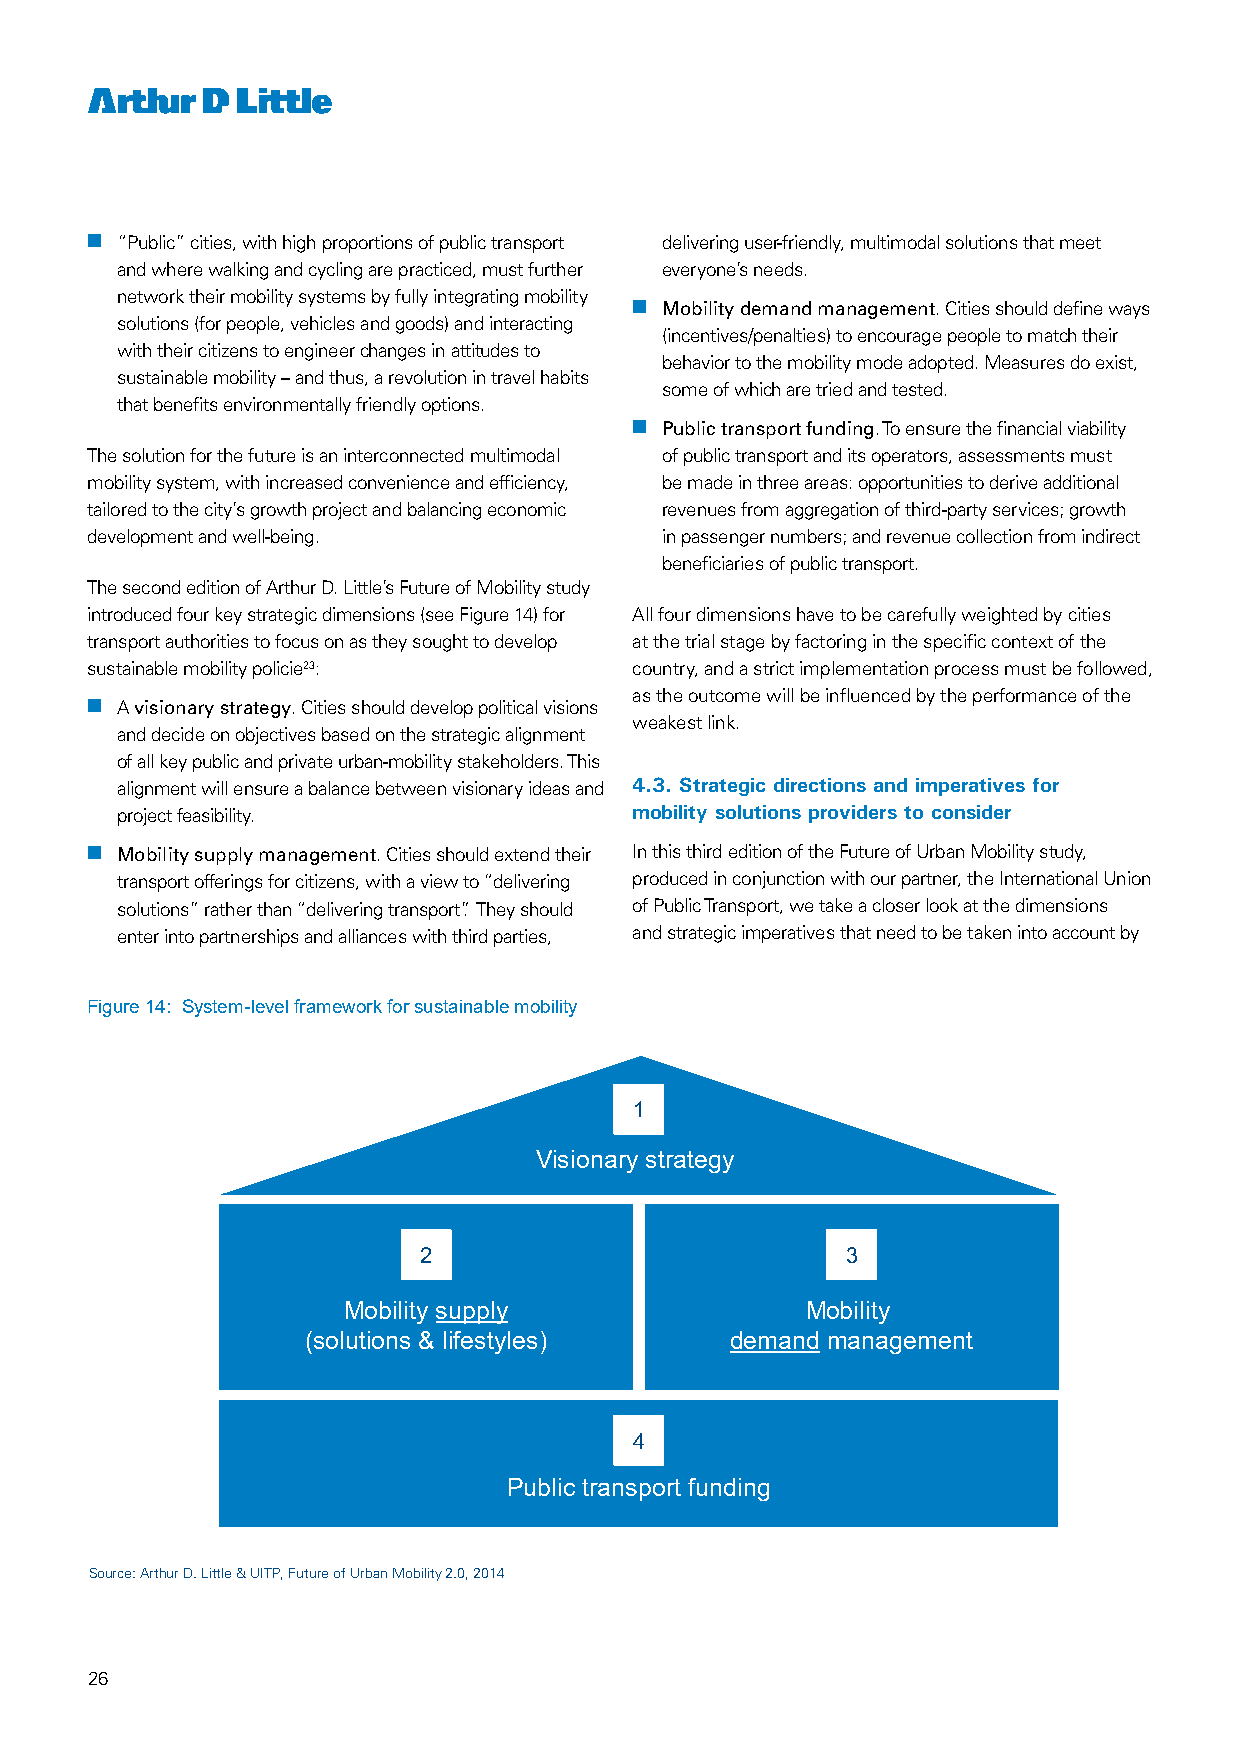
nn “Public” cities, with high proportions of public transport delivering user-friendly, multimodal solutions that meet
 and where walking and cycling are practiced, must further everyone’s needs.
 network their mobility systems by fully integrating mobility
 nn Mobility demand management. Cities should define ways
 solutions (for people, vehicles and goods) and interacting
 (incentives/penalties) to encourage people to match their
 with their citizens to engineer changes in attitudes to
 behavior to the mobility mode adopted. Measures do exist,
 sustainable mobility – and thus, a revolution in travel habits
 some of which are tried and tested.
 that benefits environmentally friendly options.
 nn Public transport funding. To ensure the financial viability
 The solution for the future is an interconnected multimodal of public transport and its operators, assessments must
 mobility system, with increased convenience and efficiency, be made in three areas: opportunities to derive additional
 tailored to the city’s growth project and balancing economic revenues from aggregation of third-party services; growth
 development and well-being.           in passenger numbers; and revenue collection from indirect
 beneficiaries of public transport.
 The second edition of Arthur D. Little’s Future of Mobility study
 introduced four key strategic dimensions (see Figure 14) for All four dimensions have to be carefully weighted by cities
 transport authorities to focus on as they sought to develop at the trial stage by factoring in the specific context of the
 sustainable mobility policie23:     country, and a strict implementation process must be followed,
 as the outcome will be influenced by the performance of the
 nn A visionary strategy. Cities should develop political visions
 weakest link.
 and decide on objectives based on the strategic alignment
 of all key public and private urban-mobility stakeholders. This
 alignment will ensure a balance between visionary ideas and 4.3. Strategic directions and imperatives for
 project feasibility.              mobility solutions providers to consider
 nn Mobility supply management. Cities should extend their In this third edition of the Future of Urban Mobility study,
 transport offerings for citizens, with a view to “delivering produced in conjunction with our partner, the International Union
 solutions” rather than “delivering transport”. They should of Public Transport, we take a closer look at the dimensions
 enter into partnerships and alliances with third parties, and strategic imperatives that need to be taken into account by
 Figure 14: System-level framework for sustainable mobility
 1
 Visionary strategy
 2                           3
 Mobility supply               Mobility
 (solutions & lifestyles)    demand management
 4
 Public transport funding
 Source: Arthur D. Little & UITP, Future of Urban Mobility 2.0, 2014
 26
 14